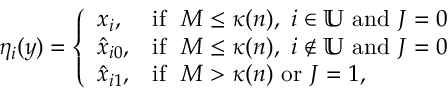
\eta _ { i } ( y ) = \left\{ \begin{array} { l l } { x _ { i } , } & { \mathrm { i f } \ \ M \le \kappa ( n ) , \ i \in \mathbb { U } \mathrm { ~ a n d ~ } J = 0 } \\ { \hat { x } _ { i 0 } , } & { \mathrm { i f } \ \ M \le \kappa ( n ) , \ i \notin \mathbb { U } \mathrm { ~ a n d ~ } J = 0 } \\ { \hat { x } _ { i 1 } , } & { \mathrm { i f } \ \ M > \kappa ( n ) \mathrm { ~ o r ~ } J = 1 , } \end{array} \right.